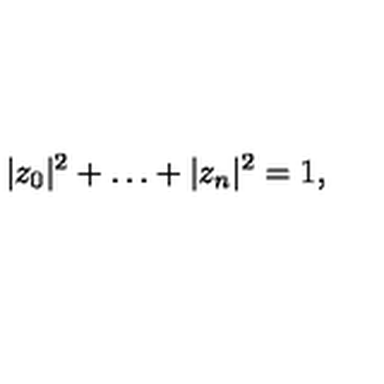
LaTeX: | z _ { 0 } | ^ { 2 } + \ldots + | z _ { n } | ^ { 2 } = 1 ,